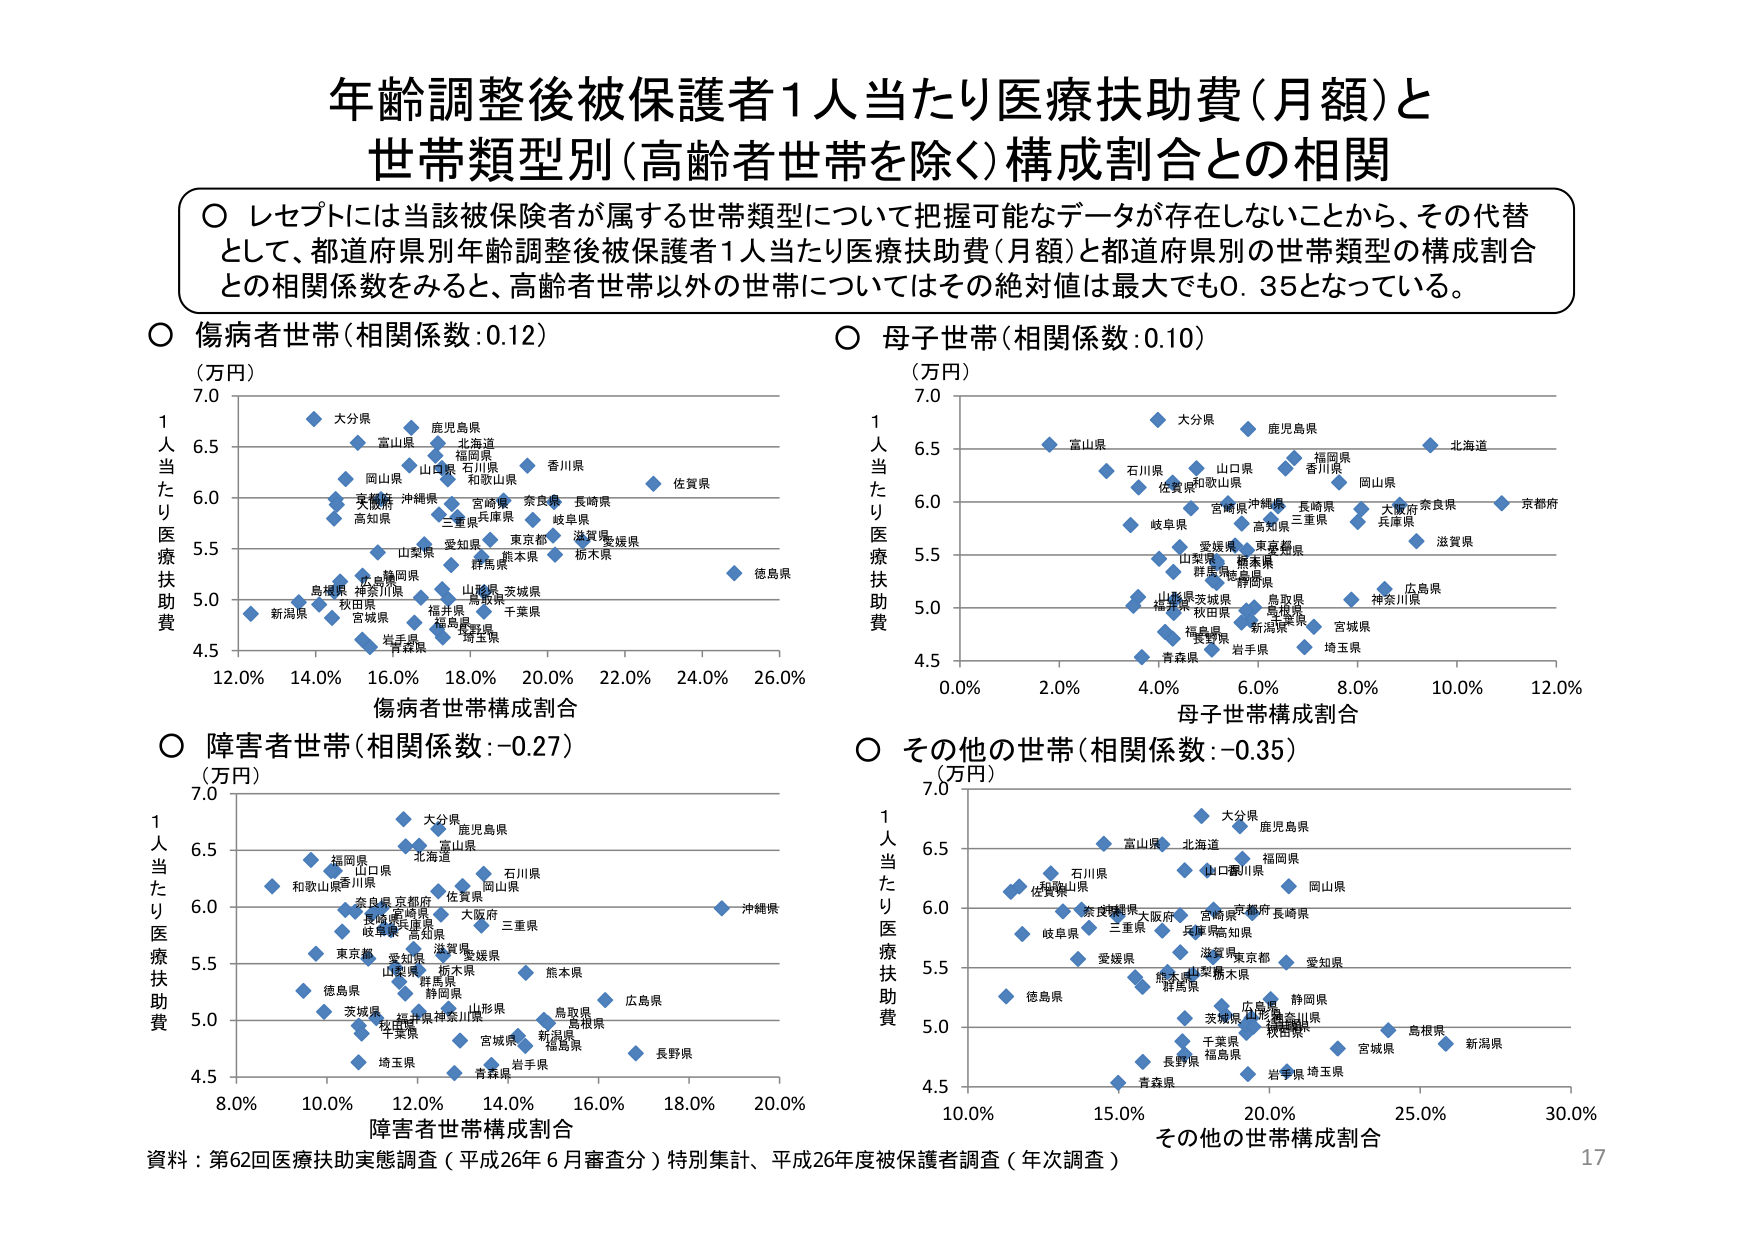
年齢調整後被保護者1人当たり医療助費（月額）と
世帯類型別（高齢者世帯を除く）構成割合との相関

○ レセプトには当該被保険者が属する世帯類型について把握可能なデータが存在しないことから、その代替
として、都道府県別年齢調整後被保護者1人当たり医療扶助費（月額）と都道府県別の世帯類型の構成割合
との相関係数をみると、高齢者世帯以外の世帯についてはその絶対値は最大でも0.35となっている。

○ 傷病者世帯（相関係数：0.12）
（万円）
1人当たり医療扶助費
7.0
6.5
6.0
5.5
5.0
4.5
12.0% 14.0% 16.0% 18.0% 20.0% 22.0% 24.0% 26.0%
傷病者世帯構成割合
大分県
鹿児島県
北海道
富山県
福岡県
山口県
石川県
和歌山県
香川県
佐賀県
茨城県
沖縄県
宮崎県
奈良県
長崎県
高知県
三重県
兵庫県
岐阜県
滋賀県
愛知県
東京都
群馬県
熊本県
山形県
茨城県
新潟県
島根県
神奈川県
秋田県
福井県
千葉県
宮城県
福島県
埼玉県
岩手県
青森県
徳島県

○ 母子世帯（相関係数：0.10）
（万円）
1人当たり医療扶助費
7.0
6.5
6.0
5.5
5.0
4.5
0.0% 2.0% 4.0% 6.0% 8.0% 10.0% 12.0%
母子世帯構成割合
大分県
鹿児島県
北海道
富山県
石川県
山口県
福岡県
香川県
佐賀県
和歌山県
岡山県
岐阜県
宮崎県
沖縄県
長崎県
三重県
高知県
大阪府
奈良県
兵庫県
京都府
滋賀県
愛媛県
東京都
山梨県
茨城県
福井県
秋田県
島根県
鳥取県
群馬県
静岡県
広島県
神奈川県
新潟県
岩手県
宮城県
埼玉県
青森県

○ 障害者世帯（相関係数：-0.27）
（万円）
1人当たり医療扶助費
7.0
6.5
6.0
5.5
5.0
4.5
8.0% 10.0% 12.0% 14.0% 16.0% 18.0% 20.0%
障害者世帯構成割合
大分県
鹿児島県
富山県
北海道
福岡県
山口県
石川県
和歌山県
香川県
岡山県
佐賀県
奈良県
京都府
大阪府
長崎県
兵庫県
三重県
岐阜県
高知県
愛知県
東京都
滋賀県
山梨県
群馬県
熊本県
徳島県
茨城県
福井県
新潟県
島根県
秋田県
宮城県
福島県
埼玉県
岩手県
青森県
長野県
沖縄県

○ その他の世帯（相関係数：-0.35）
（万円）
1人当たり医療扶助費
7.0
6.5
6.0
5.5
5.0
4.5
10.0% 15.0% 20.0% 25.0% 30.0%
その他の世帯構成割合
大分県
鹿児島県
富山県
北海道
石川県
福岡県
山口県
和歌山県
岡山県
佐賀県
奈良県
京都府
大阪府
宮崎県
兵庫県
三重県
高知県
岐阜県
滋賀県
愛媛県
東京都
愛知県
熊本県
群馬県
山梨県
静岡県
広島県
山形県
茨城県
福井県
千葉県
新潟県
島根県
宮城県
福島県
長野県
岩手県
埼玉県
青森県

資料：第62回医療扶助実態調査（平成26年6月審査分）特別集計、平成26年度被保護者調査（年次調査）
17